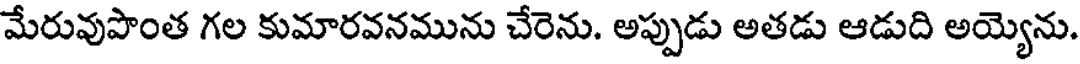
మేరువుపొంత గల కుమారవనమును చేరెను. అప్పుడు అతడు ఆడుది అయ్యెను.